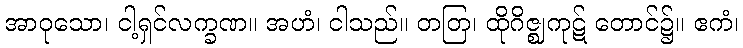
အာဝုသော၊ ငါ့ရှင်လက္ခဏ။ အဟံ၊ ငါသည်။ တတြ၊ ထိုဂိဇ္ဈကုဋ် တောင်၌။ ဧကံ၊